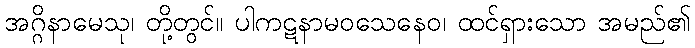
အဂ္ဂိနာမေသု၊ တို့တွင်။ ပါကဋနာမဝသေနေဝ၊ ထင်ရှားသော အမည်၏